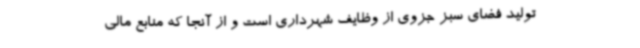
تولید فضای سبز جزوی از وظایف شهرداری است و از آنجا که منابع مالی